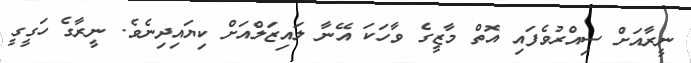
ނީރާއަށް ސިއްރުވެފައި އޮތް މާޒީގެ ވާހަކަ އޭނާ ލައިޒަލްއަށް ކިޔައިދިނެވެ. ނީރާގެ ހަގީގީ